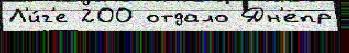
Л'и́г'е 200 отдало Дн'епр